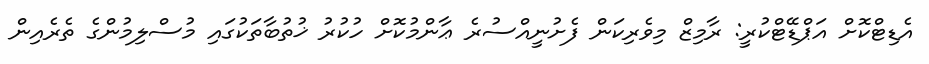
އެޑިޓްކޮށް އަޕްޑޭޓްކުރީ: ރާމިޒް މިވެރިކަން ފެށުނީއްސުރެ ޢާންމުކޮށް ހުކުރު ޚުތުބާތަކުގައި މުސްލިމުންގެ ތެރެއިން